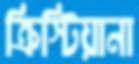
ক্রিস্টিয়ানা